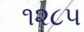
૧૨૮૫